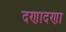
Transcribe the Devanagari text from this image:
दणादणा